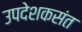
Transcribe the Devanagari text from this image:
उपदेशकसंत